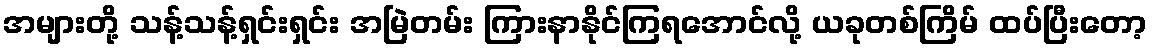
အများတို့ သန့်သန့်ရှင်းရှင်း အမြဲတမ်း ကြားနာနိုင်ကြရအောင်လို့ ယခုတစ်ကြိမ် ထပ်ပြီးတော့